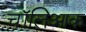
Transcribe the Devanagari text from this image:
चॉलिआक